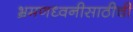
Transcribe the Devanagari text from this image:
भ्रमणध्वनीसाठीची